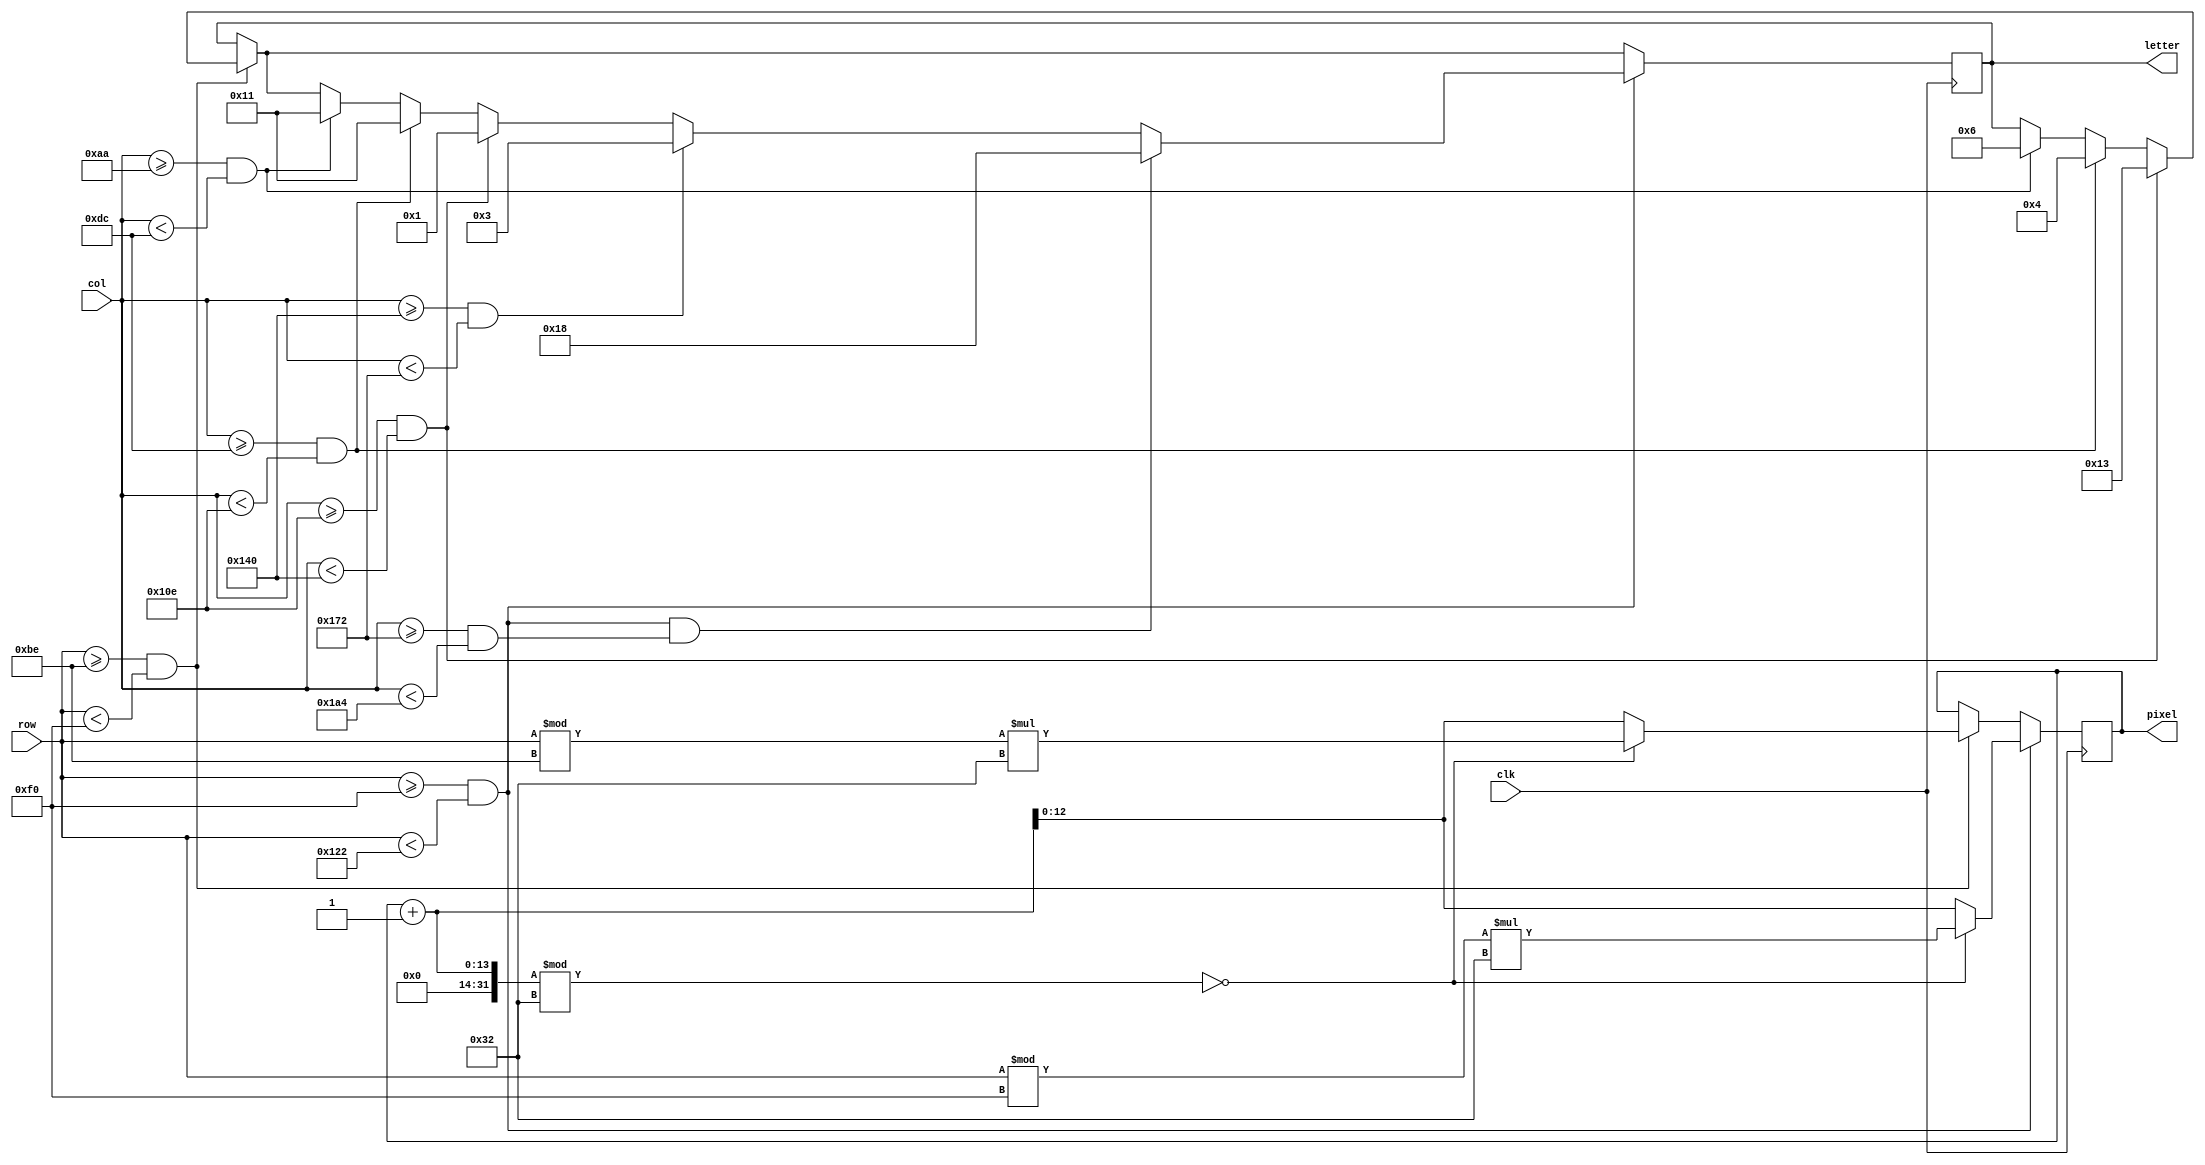
module get_ready(row, col, letter, clk, pixel);
	
	input clk;
	input [8:0] row;
	input [9:0] col;

	reg [4:0] display_letter;
	reg [12:0] get_ready_pixel;

	output [12:0] pixel;
	output [4:0] letter;

	always @(posedge clk)
	begin
		// ROW 1
		if((row>=190 & row <240))
		begin
			// G
			if (col>=170 & col<220)
				display_letter <= 5'd6;

			// E
			if((col>=220 & col<270))
				display_letter <= 5'd4;

			// T
			if((col>=270 & col<320))
				display_letter <= 5'd19;

			// pixel counter
			if((get_ready_pixel+1) % 50 == 0)
				get_ready_pixel <= (row%190)*50;
			else
				get_ready_pixel <= get_ready_pixel + 1;
		end

		
		if((row>=240 & row <290))
		begin
			// R
			if((col>=170 & col<220))
				display_letter <= 5'd17;

			// E
			if((col>=220 & col<270))
				display_letter <= 5'd17;

			// A
			if((col>=270 & col<320))
				display_letter <= 5'd1;

			// D
			if((col>=320 & col<370))
				display_letter <= 5'd3;

			// Y
			if((row>=240 & row <290) && (col>=370 & col<420))
				display_letter <= 5'd24;

			// pixel counter
			if((get_ready_pixel+1) % 50 == 0)
				get_ready_pixel <= (row%240)*50;
			else
				get_ready_pixel <= get_ready_pixel + 1;
		end

	end

	assign pixel = get_ready_pixel;
	assign letter = display_letter;

endmodule